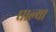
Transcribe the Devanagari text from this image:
घाल्या